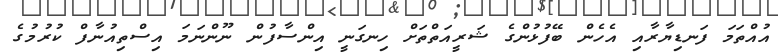
އުއްތަމަ ފަނޑިޔާރާއި އެހެން ބޭފުޅުންގެ ޝަރީއަތްތަށް ހިނގަނީ އިންސާފުން ނޫންނަމަ އިސްތިއުނާފް ކުރުމުގެ